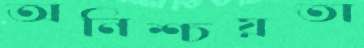
অনিশ্চয়তা